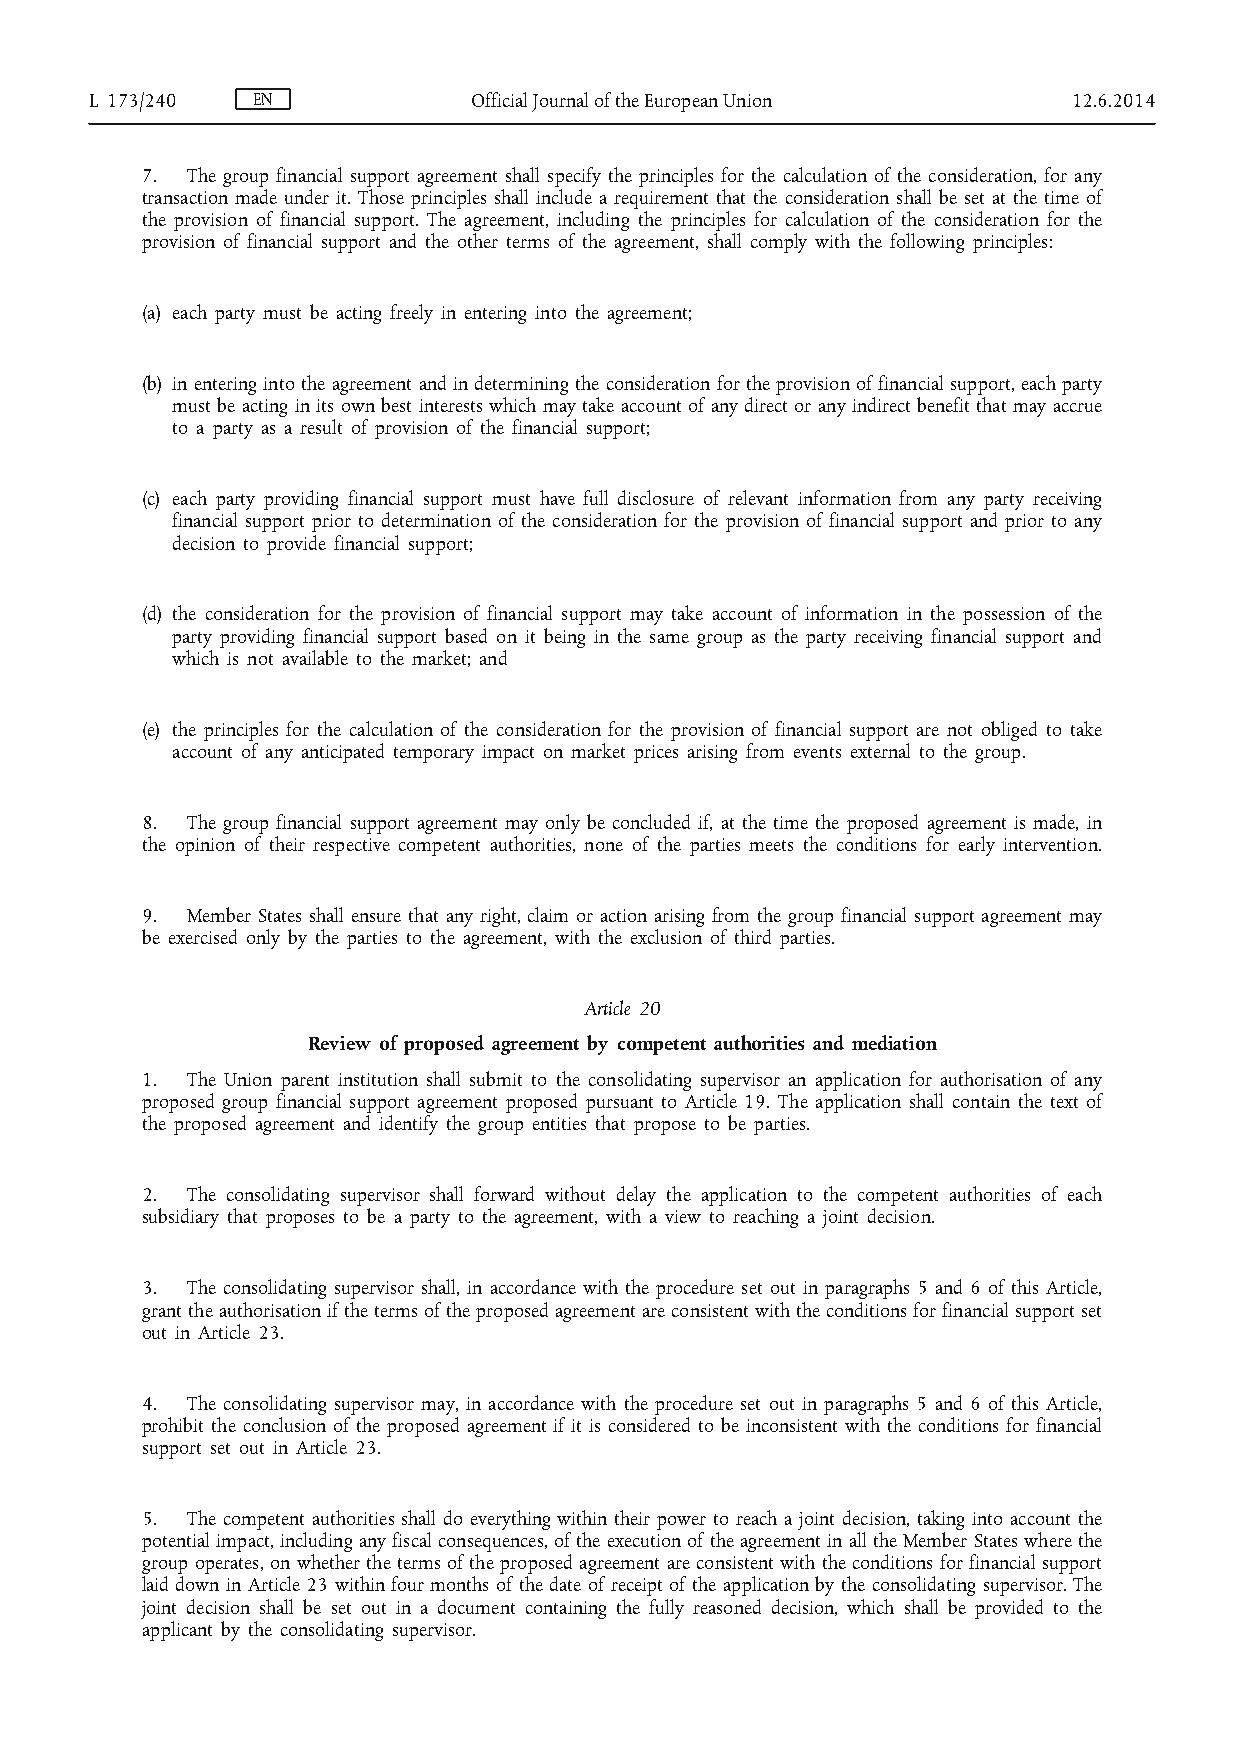
L 173/240  EN            Official Journal of the European Union  12.6.2014
 7. The group financial support agreement shall specify the principles for the calculation of the consideration, for any
 transaction made under it. Those principles shall include a requirement that the consideration shall be set at the time of
 the provision of financial support. The agreement, including the principles for calculation of the consideration for the
 provision of financial support and the other terms of the agreement, shall comply with the following principles:
 (a) each party must be acting freely in entering into the agreement;
 (b) in entering into the agreement and in determining the consideration for the provision of financial support, each party
 must be acting in its own best interests which may take account of any direct or any indirect benefit that may accrue
 to a party as a result of provision of the financial support;
 (c) each party providing financial support must have full disclosure of relevant information from any party receiving
 financial support prior to determination of the consideration for the provision of financial support and prior to any
 decision to provide financial support;
 (d) the consideration for the provision of financial support may take account of information in the possession of the
 party providing financial support based on it being in the same group as the party receiving financial support and
 which is not available to the market; and
 (e) the principles for the calculation of the consideration for the provision of financial support are not obliged to take
 account of any anticipated temporary impact on market prices arising from events external to the group.
 8. The group financial support agreement may only be concluded if, at the time the proposed agreement is made, in
 the opinion of their respective competent authorities, none of the parties meets the conditions for early intervention.
 9. Member States shall ensure that any right, claim or action arising from the group financial support agreement may
 be exercised only by the parties to the agreement, with the exclusion of third parties.
 Article 20
 Review of proposed agreement by competent authorities and mediation
 1. The Union parent institution shall submit to the consolidating supervisor an application for authorisation of any
 proposed group financial support agreement proposed pursuant to Article 19. The application shall contain the text of
 the proposed agreement and identify the group entities that propose to be parties.
 2. The consolidating supervisor shall forward without delay the application to the competent authorities of each
 subsidiary that proposes to be a party to the agreement, with a view to reaching a joint decision.
 3. The consolidating supervisor shall, in accordance with the procedure set out in paragraphs 5 and 6 of this Article,
 grant the authorisation if the terms of the proposed agreement are consistent with the conditions for financial support set
 out in Article 23.
 4. The consolidating supervisor may, in accordance with the procedure set out in paragraphs 5 and 6 of this Article,
 prohibit the conclusion of the proposed agreement if it is considered to be inconsistent with the conditions for financial
 support set out in Article 23.
 5. The competent authorities shall do everything within their power to reach a joint decision, taking into account the
 potential impact, including any fiscal consequences, of the execution of the agreement in all the Member States where the
 group operates, on whether the terms of the proposed agreement are consistent with the conditions for financial support
 laid down in Article 23 within four months of the date of receipt of the application by the consolidating supervisor. The
 joint decision shall be set out in a document containing the fully reasoned decision, which shall be provided to the
 applicant by the consolidating supervisor.